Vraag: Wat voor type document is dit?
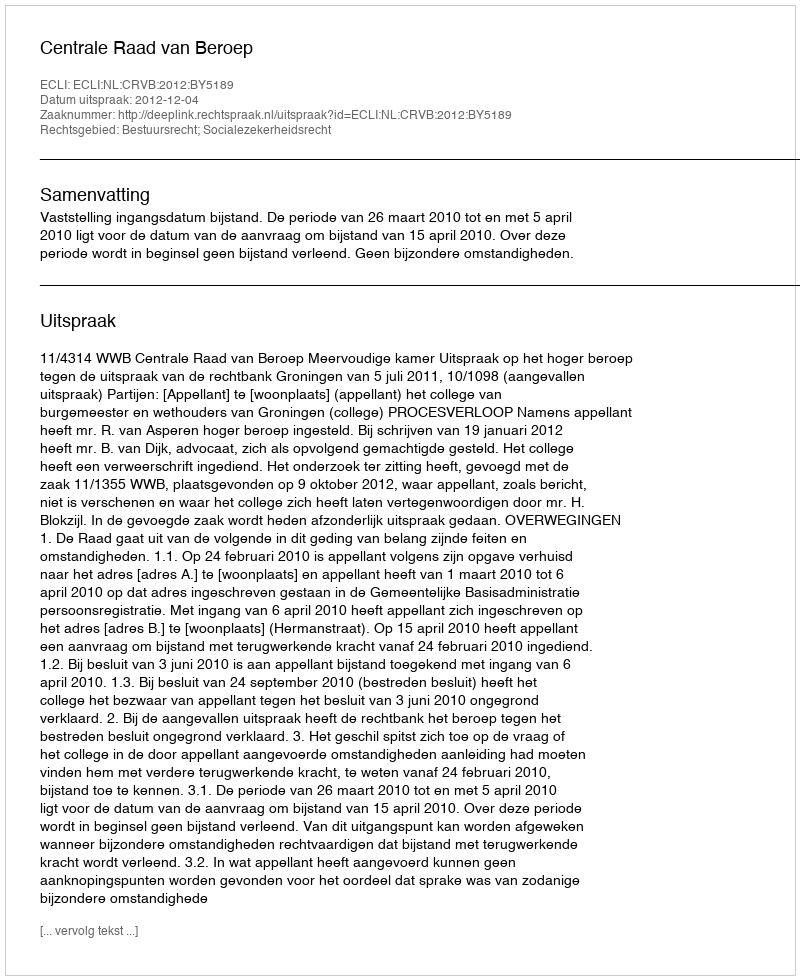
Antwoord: Uitspraak